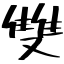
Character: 雙